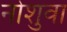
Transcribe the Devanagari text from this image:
नोशुवा